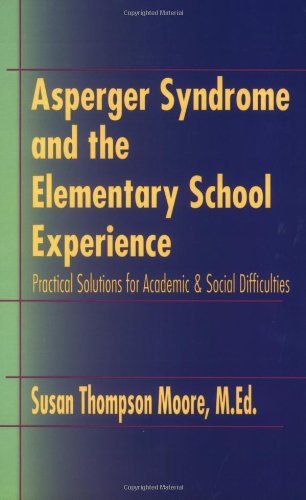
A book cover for Asperger Syndrome and the Elementary School Experience: Practical Solutions for Academic & Social Difficulties; Susan Thompson Moore; Health, Fitness & Dieting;